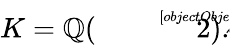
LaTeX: K=\mathbb{Q}({\sqrt[[objectObject]]{2}}).